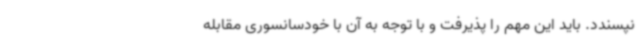
نپسندد. باید این مهم را پذیرفت و با توجه به آن با خودسانسوری مقابله